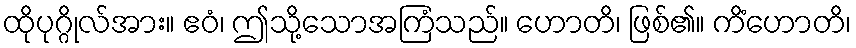
ထိုပုဂ္ဂိုလ်အား။ ဧဝံ၊ ဤသို့သောအကြံသည်။ ဟောတိ၊ ဖြစ်၏။ ကိံဟောတိ၊